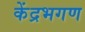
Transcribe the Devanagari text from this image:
केंद्रभगण